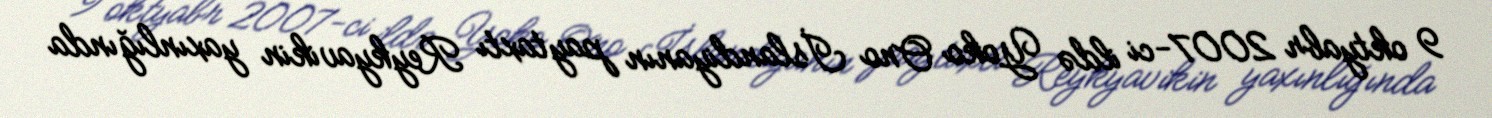
9 oktyabr 2007-ci ildə Yoko Ono İslandiyanın paytaxtı Reykyavikin yaxınlığında